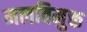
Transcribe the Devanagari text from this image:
मलविमुक्त